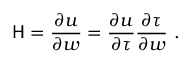
\mathsf { H } = \frac { \partial \boldsymbol { u } } { \partial \boldsymbol { w } } = \frac { \partial \boldsymbol { u } } { \partial \boldsymbol { \tau } } \frac { \partial \boldsymbol { \tau } } { \partial \boldsymbol { w } } \mathrm { ~ . ~ }